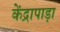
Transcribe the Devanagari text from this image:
केंद्रापाड़ा